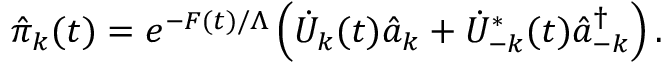
\hat { \pi } _ { k } ( t ) = e ^ { - F ( t ) / \Lambda } \left( \dot { U } _ { k } ( t ) \hat { a } _ { k } + \dot { U } _ { - k } ^ { * } ( t ) \hat { a } _ { - k } ^ { \dagger } \right) .